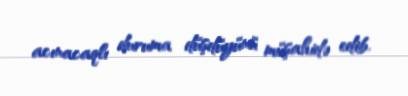
acınacaqlı duruma düşdüyünü müşahidə edib.